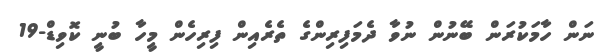
ނަން ހާމަކުރަން ބޭނުން ނުވާ ދެމަފިރިންގެ ތެރެއިން ފިރިހެން މީހާ ބުނީ ކޮވިޑް-19